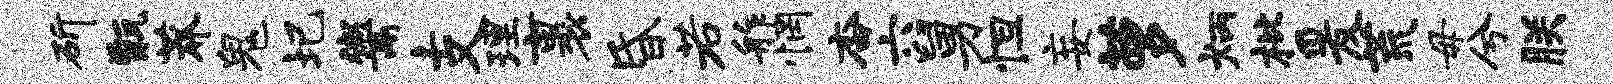
斫甑莽鬼圯鬻支理裹昏若舴惘杳六舅怛妄萝炳枇爰荒毋兮朕